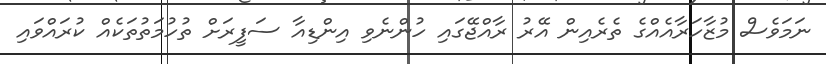
ނަމަވެސް މުޒާހަރާއެއްގެ ތެރެއިން އޭރު ރާއްޖޭގައި ހުންނެވި އިންޑިއާ ސަފީރަށް ތުހުމަތުތަކެއް ކުރައްވައި